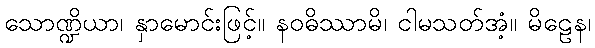
သောဏ္ဍိယာ၊ နှာမောင်းဖြင့်။ နဝဓိဿာမိ၊ ငါမသတ်အံ့။ မိဠေန၊